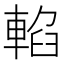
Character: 輡